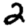
Digit: 2